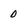
Character: 0